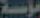
مؤسسة